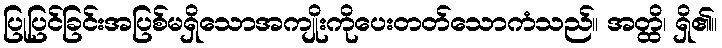
ပြုပြင်ခြင်းအပြစ်မရှိသောအကျိုးကိုပေးတတ်သောကံသည်။ အတ္ထိ၊ ရှိ၏။